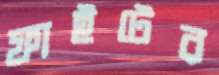
ফাইটের